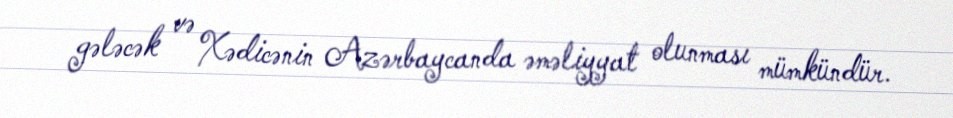
gələcək və Xədicənin Azərbaycanda əməliyyat olunması mümkündür.